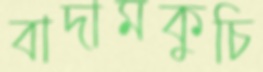
বাদামকুচি